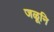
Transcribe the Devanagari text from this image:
जळूनि